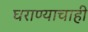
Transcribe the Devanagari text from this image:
घराण्याचाही